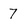
Character: 7